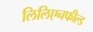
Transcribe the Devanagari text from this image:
लिलिएनफील्ड